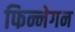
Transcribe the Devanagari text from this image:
फिन्नेगन